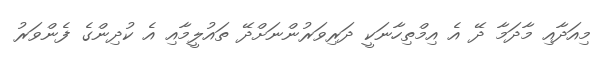
މިއަދާއި މާދަމާ ދޭ އެ އިމްތިހާނަކީ ދަރިވަރުންނަށްދޭ ތައުލީމާއި އެ ކުދިންގެ ފެންވަރު